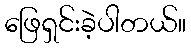
ဖြေရှင်းခဲ့ပါတယ်။